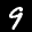
Label: 9